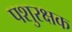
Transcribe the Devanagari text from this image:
पशुरक्षक